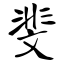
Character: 斐